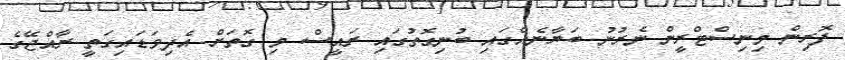
ފޮރިން މިނިސްޓްރީން ނެރުނު ބަޔާނެއްގައި ބުނިގޮތުގައި ރައީސް މި ގޮތަށް އެދިވަޑައިގަތީ ރާއްޖޭގެ